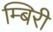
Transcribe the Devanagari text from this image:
म्बिरी